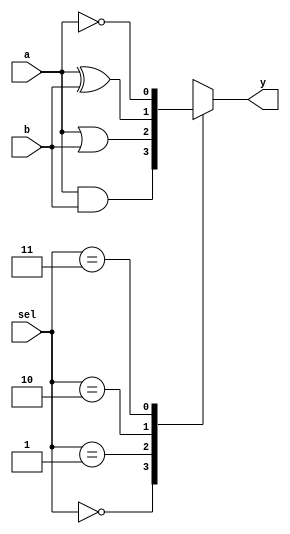
module logic_cell (
    input  wire [1:0] sel,        // Selection signal for function
    input  wire a,                // Input A
    input  wire b,                // Input B
    output wire y                 // Output
);
    // Logic operation based on SRAM configuration (simulated)
    always @(*) begin
        case (sel)
            2'b00: y = a & b;    // AND
            2'b01: y = a | b;    // OR
            2'b10: y = a ^ b;    // XOR
            2'b11: y = ~a;       // NOT (only A)
            default: y = 1'b0;
        endcase
    end
endmodule